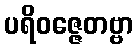
ပရိဝဇ္ဇေတဗ္ဗာ